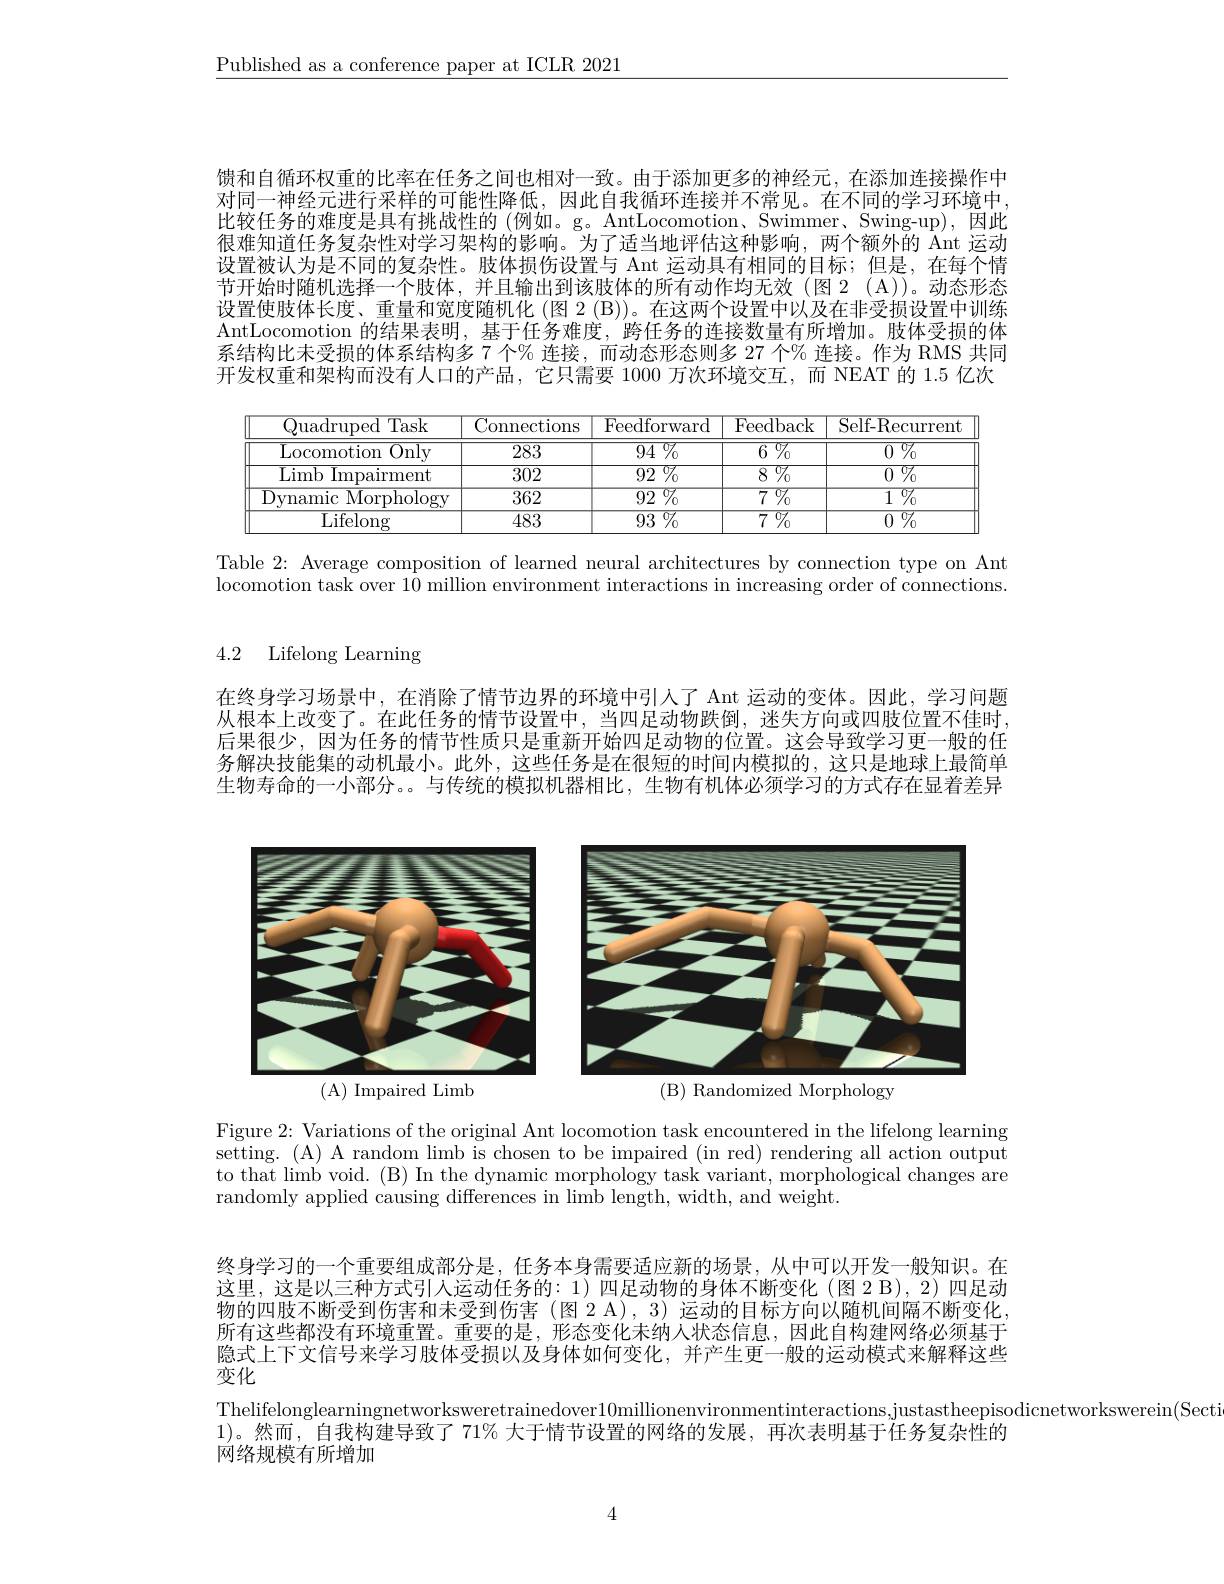
$\underline{\text{Published as a conference paper at ICLR 2021}}$

馈和自循环权重的比率在任务之间也相对一致。由于添加更多的神经元，在添加连接操作中对同一神经元进行采样的可能性降低，因此自我循环连接并不常见。在不同的学习环境中， 比较任务的难度是具有挑战性的(例如。g。AntLocomotion、Swimmer、Swing-up),因此很难知道任务复杂性对学习架构的影响。为了适当地评估这种影响，两个额外的 Ant 运动设置被认为是不同的复杂性。肢体损伤设置与 Ant 运动具有相同的目标；但是，在每个情节开始时随机选择一个肢体，并且输出到该肢体的所有动作均无效(图 2 (A))。动态形态设置使肢体长度、重量和宽度随机化 (图 2 (B))。在这两个设置中以及在非受损设置中训练AntLocomotion 的结果表明，基于任务难度，跨任务的连接数量有所增加。肢体受损的体系结构比未受损的体系结构多 7 个% 连接，而动态形态则多 27 个% 连接。作为 RMS 共同开发权重和架构而没有人口的产品，它只需要 1000 万次环境交互，而 NEAT 的 1.5 亿次

<table>
	<tbody>
		<tr>
			<th>$\boxed{\text{Task}}$ Quadruped</th>
			<th>Connections</th>
			<th>Feedforward</th>
			<th>Feedback</th>
			<th>Self-Recurrent</th>
		</tr>
		<tr>
			<td>$\overline{{\mathrm{Locomotion~Only}}}$</td>
			<td>$\overline{283}$</td>
			<td>$\overline{94\:\%}$</td>
			<td>$\overline{6\:\%}$</td>
			<td>$\overline{0\:\%}$</td>
		</tr>
		<tr>
			<td>Limb Impairment</td>
			<td>302</td>
			<td>$\overline{92\:\%}$</td>
			<td>$\overline{8\:\%}$</td>
			<td>$\overline{0\:\%}$</td>
		</tr>
		<tr>
			<td>vnamic 2 Morphology 1</td>
			<td>362</td>
			<td>92 $\overline{2^{0}/_0}$</td>
			<td>$\overline{{7}}^{0}/_{0}$</td>
			<td>$\overline{1\:\%}$</td>
		</tr>
		<tr>
			<td>$\overline{{\mathrm{Lifelong}}}$</td>
			<td>483</td>
			<td>$\overline{93\:\%}$</td>
			<td>${\overline{7}^{0}/_{0}}$</td>
			<td>${\overline {0}}$ ${\overline {0}}$ ${\overline {0}}$</td>
		</tr>
	</tbody>
</table>

Table 2: Average composition of learned neural architectures by connection type on Ant locomotion task over 10 million environment interactions in increasing order of connections.

4.2 Lifelong Learning

在终身学习场景中，在消除了情节边界的环境中引人了 Ant 运动的变体。因此，学习问题从根本上改变了。在此任务的情节设置中，当四足动物跌倒，迷失方向或四肢位置不佳时， 后果很少，因为任务的情节性质只是重新开始四足动物的位置。这会导致学习更一般的任务解决技能集的动机最小。此外，这些任务是在很短的时间内模拟的，这只是地球上最简单生物寿命的一小部分。。与传统的模拟机器相比，生物有机体必须学习的方式存在显着差异

<FigureHere>

Figure 2: Variations of the original Ant locomotion task encountered in the lifelong learning setting. (A) A random limb is chosen to be impaired (in red) rendering all action output to that limb void. (B) In the dynamic morphology task variant, morphological changes are randomly applied causing differences in limb length, width, and weight.

终身学习的一个重要组成部分是，任务本身需要适应新的场景，从中可以开发一般知识。在这里，这是以三种方式引人运动任务的：1)四足动物的身体不断变化(图 2 B) 物的四肢不断受到伤害和未受到伤害(图 2 A), 3) 运动的目标方向以随机间隔不断变化， 所有这些都没有环境重置。重要的是，形态变化未纳人状态信息，因此自构建网络必须隐式上下文信号来学习肢体受损以及身体如何变化，并产生更一般的运动模式来解释这些变化
Thelifelonglearningnetworksweretrained
1)。然而，自我构建导致了 71% 大于情节设置的网络的发展，再次表明基于任务复杂性的
网络规模有所增加

4